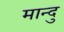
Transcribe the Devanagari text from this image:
मान्दु